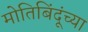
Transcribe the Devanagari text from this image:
मोतिबिंदूंच्या